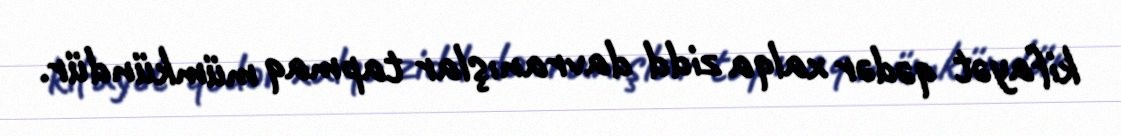
kifayət qədər xalqa zidd davranışlar tapmaq mümkündür.